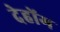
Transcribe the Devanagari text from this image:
देहोंग